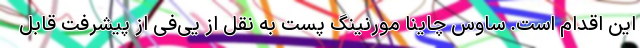
این اقدام است. ساوس چاینا مورنینگ پست به نقل از یی‌فی از پیشرفت قابل